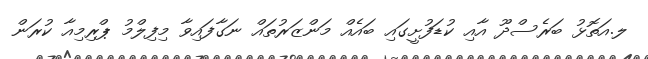
ލ.އަތޮޅު ބަރެސްދޫ އާއި ކުޑަފުށީގައި ބައެއް މަންޒަރުތައް ނަގާފައިވާ މިފިލްމު ޕްރިމިއާ ކުރަން